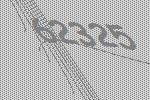
62325